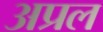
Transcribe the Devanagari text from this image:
अप्रल